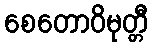
စေတောဝိမုတ္တီ